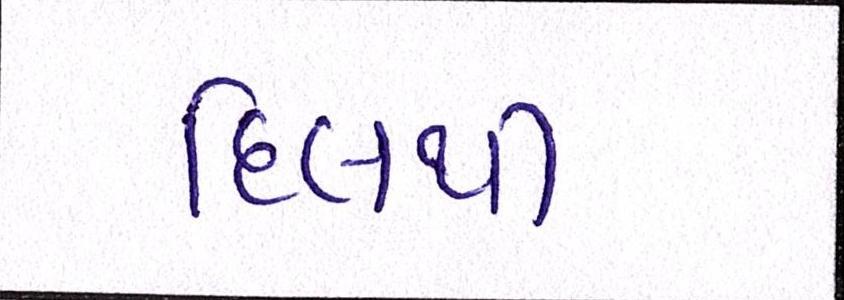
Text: દિલથી